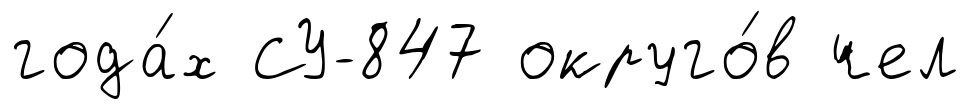
года́х СУ-847 округо́в чел